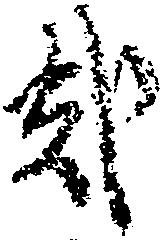
弐